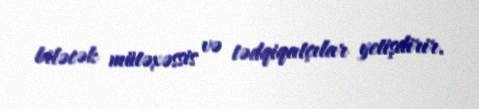
biləcək mütəxəssis və tədqiqatçılar yetişdirir.